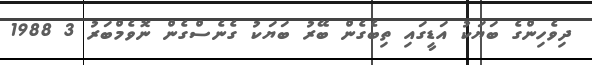
ދިވެހިންގެ ބަޔަކު އަޑީގައި ތިބެގެން ބޭރު ބަޔަކު ގެނެސްގެން ނޮވެމްބަރު 3 1988